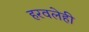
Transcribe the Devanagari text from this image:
हरवलेही